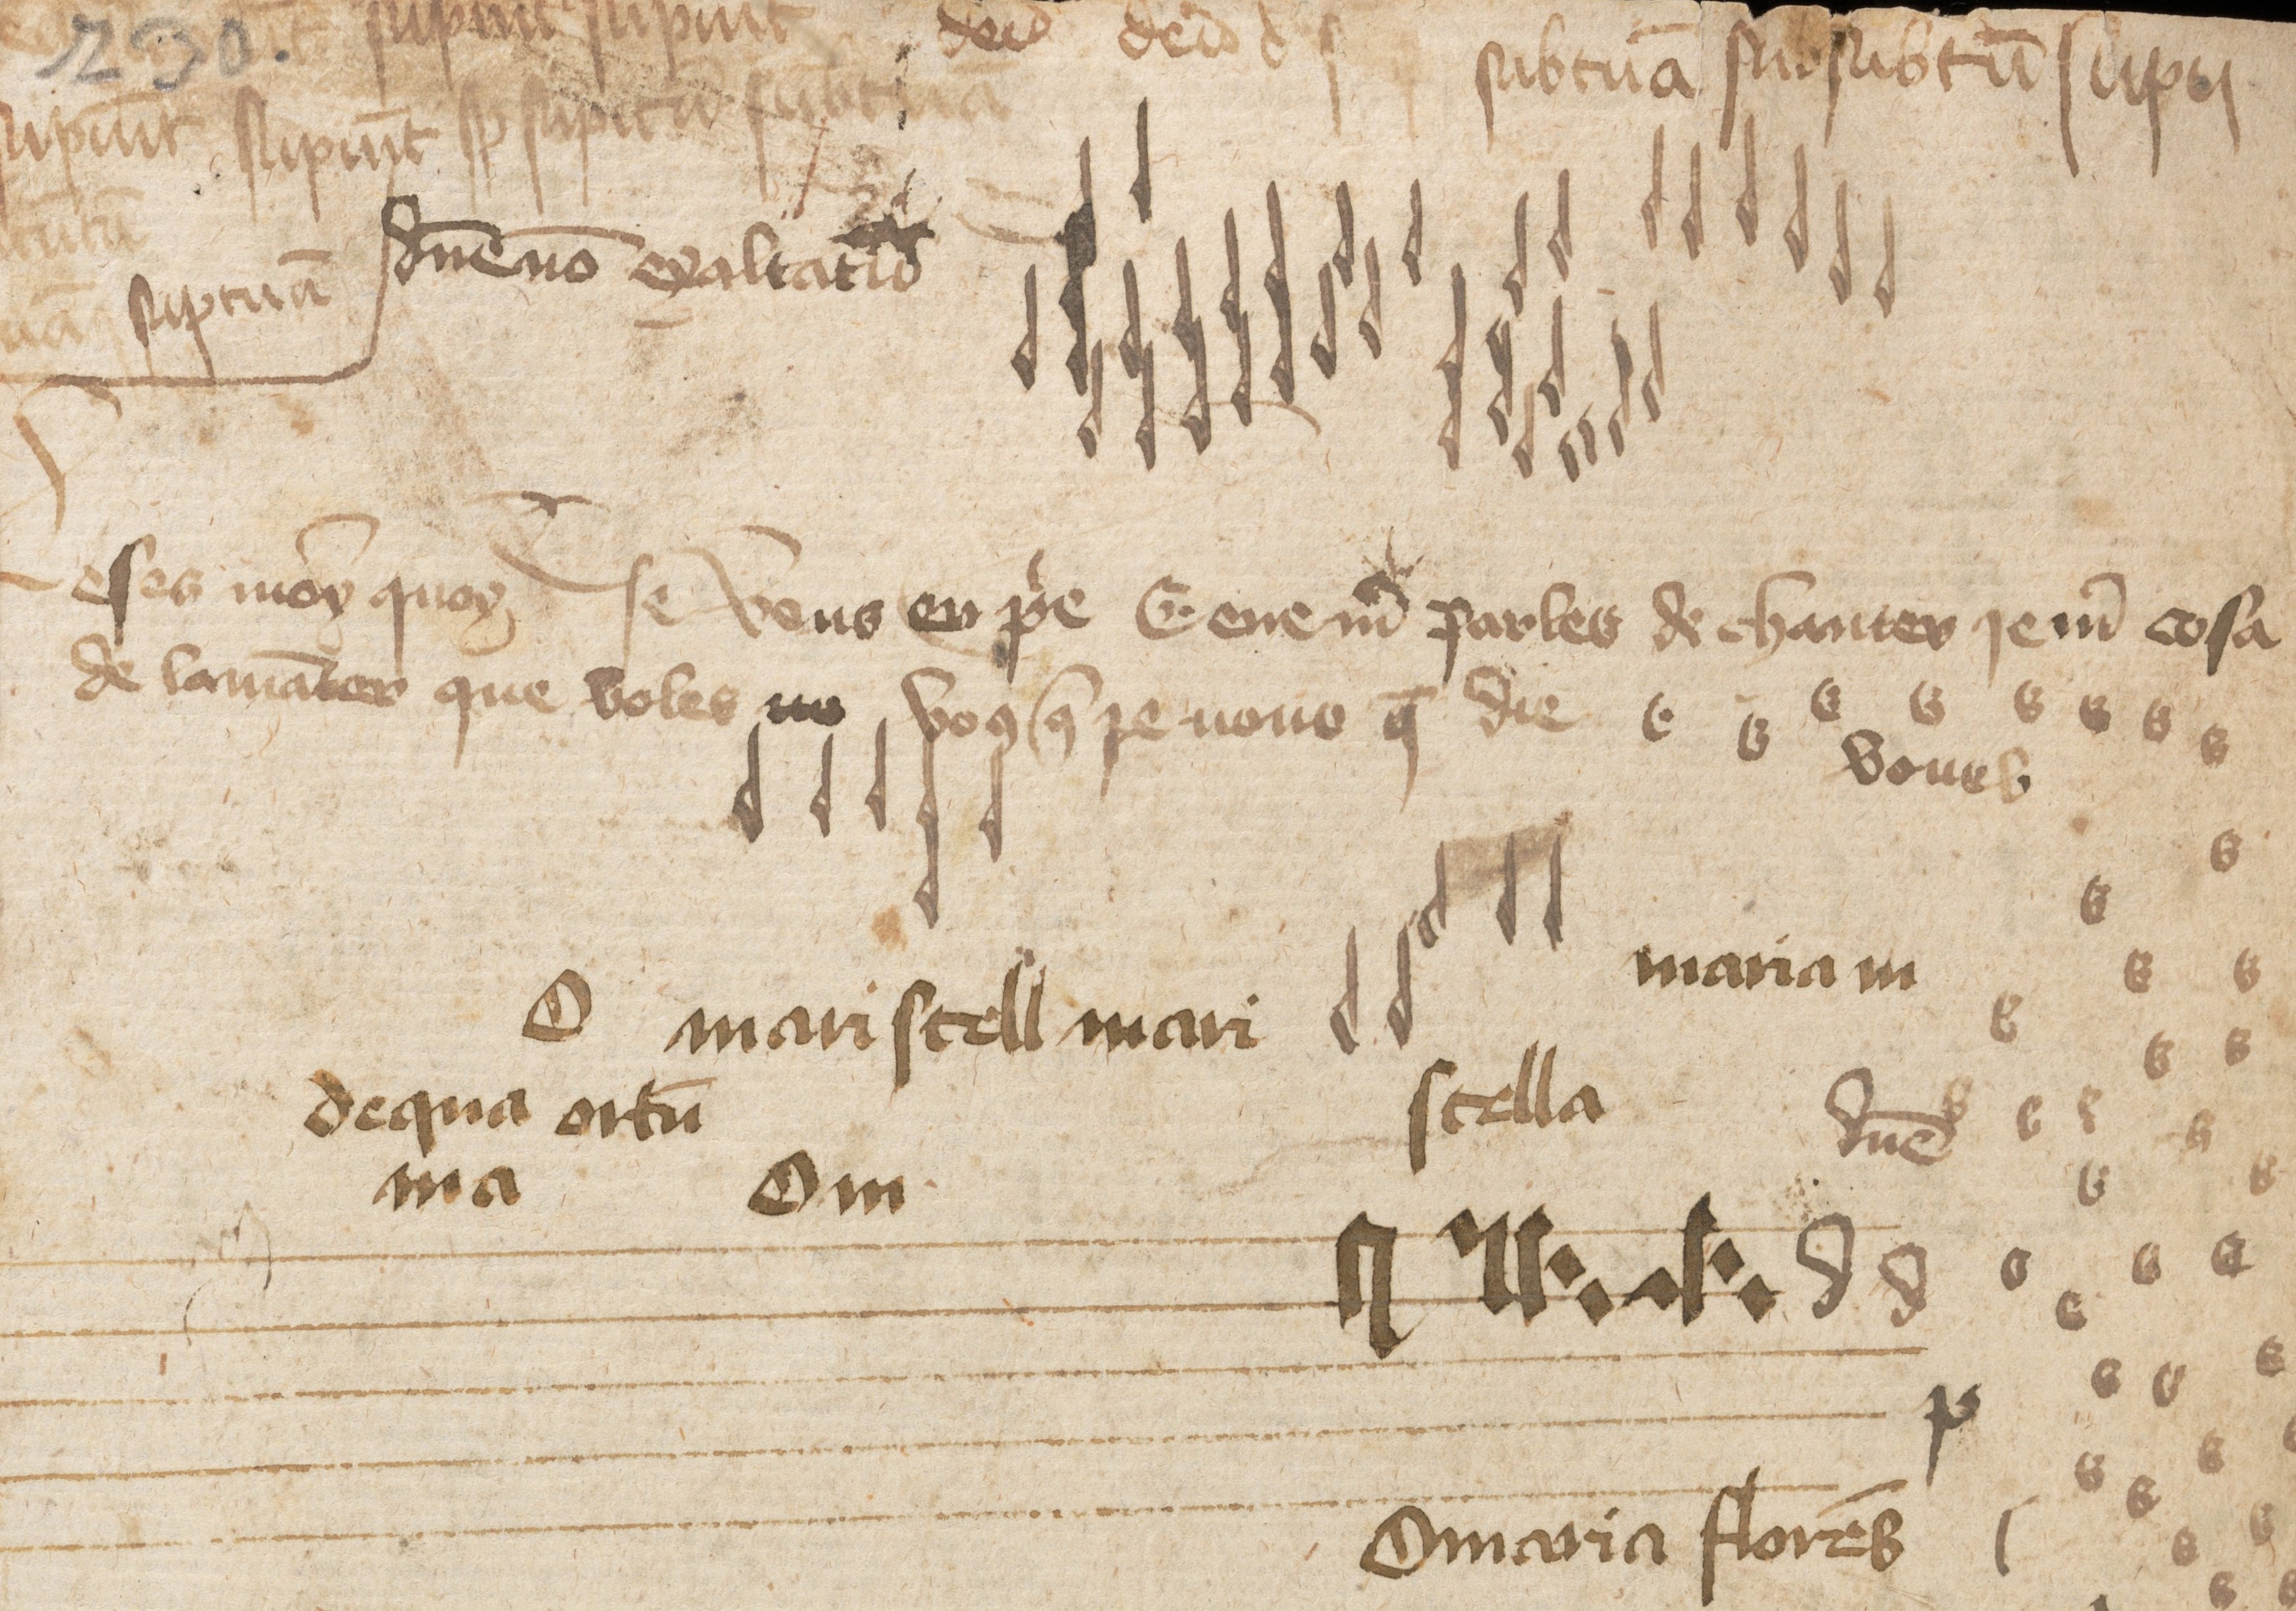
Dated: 1432–1432